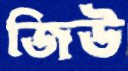
জিউ